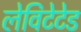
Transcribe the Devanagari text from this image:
लेविटेटेड